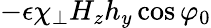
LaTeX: -\epsilon\chi_{\perp}H_{z}h_{y}\cos\varphi_{0}